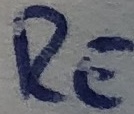
Text: RE